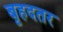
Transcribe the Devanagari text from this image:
बृहदतर